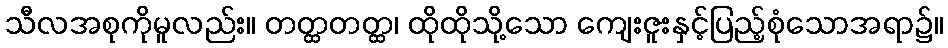
သီလအစုကိုမူလည်း။ တတ္ထတတ္ထ၊ ထိုထိုသို့သော ကျေးဇူးနှင့်ပြည့်စုံသောအရာ၌။